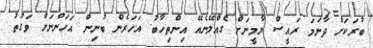
ބުރަކަށް ދާނަމަ ރައީސް ޔާމީނަށް ގެއްލޭނެއޭ އިންތިހާބު. އަހަރެން ބުނިން އަހަންނަށް ވަގުތު